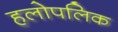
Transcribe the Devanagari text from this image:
हलोपलिक